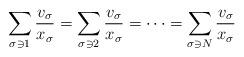
LaTeX: \begin{align*} \sum_{\sigma\ni 1}\frac{v_\sigma}{x_\sigma}= \sum_{\sigma\ni 2}\frac{v_\sigma}{x_\sigma}= \dots= \sum_{\sigma\ni N}\frac{v_\sigma}{x_\sigma}\end{align*}